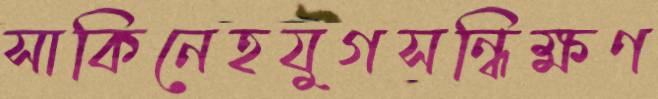
সাকিনেহযুগসন্ধিক্ষণ